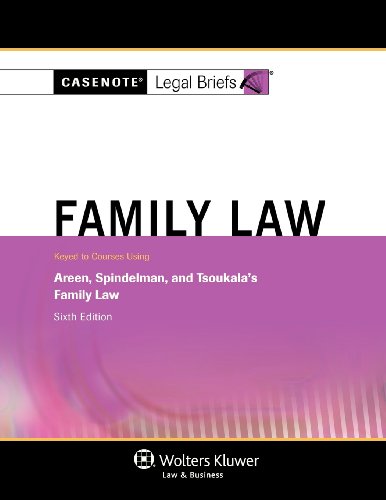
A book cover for Casenotes Legal Briefs: Family Law, Keyed to Areen, Spindelman & Tsoukala, Sixth Edition; Casenote Legal Briefs; Law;